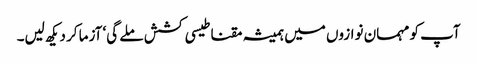
آپ کو مہمان نوازوں میں ہمیشہ مقناطیسی کشش ملے گی‘ آزما کر دیکھ لیں۔